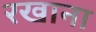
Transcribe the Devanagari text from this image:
रखाना